Mental hospitals Bombay report 1921-28 - 1921-1928
Year: 1921
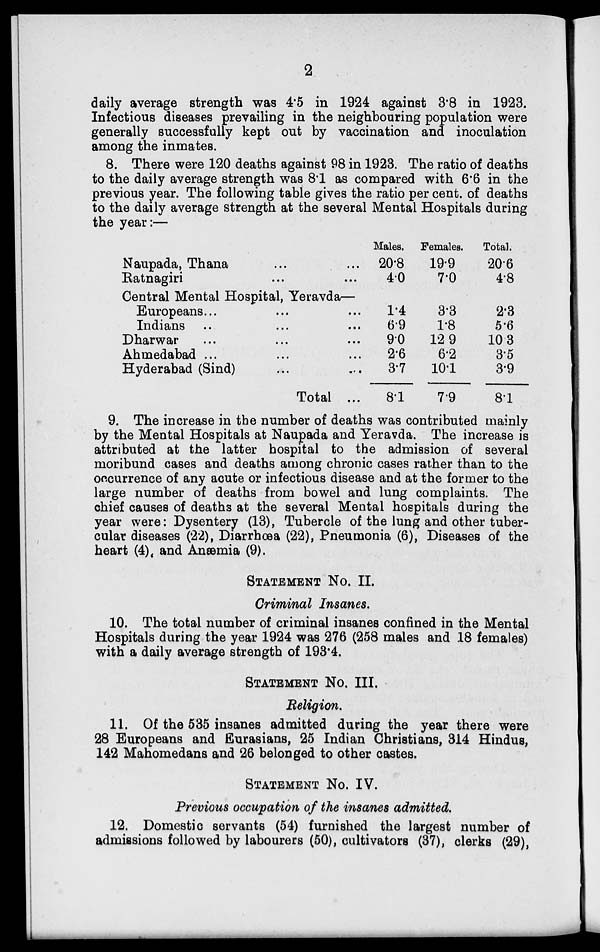
2
daily average strength was 4.5 in 1924 against 3.8 in 1923.
Infectious diseases prevailing in the neighbouring population were
generally successfully kept out by vaccination and inoculation
among the inmates.
8. There were 120 deaths against 98 in 1923. The ratio of deaths
to the daily average strength was 8.1 as compared with 6.6 in the
previous year. The following table gives the ratio per cent. of deaths
to the daily average strength at the several Mental Hospitals during
the year:—
Naupada, Thana ... ...
Ratnagiri ... ...
Central Mental Hospital, Yeravda—
Europeans ... ... ...
Indians ... ... ...
Dharwar ... ... ...
Ahmedabad ... ... ...
Hyderabad (Sind) ... ...
Total ...
Males.
20.8
4.0
1.4
6.9
9.0
2.6
3.7
8.1
Females.
19.9
7.0
3.3
1.8
12.9
6.2
10.1
7.9
Total.
20.6
4.8
2.3
5.6
10.3
3.5
3.9
8.1
9. The increase in the number of deaths was contributed mainly
by the Mental Hospitals at Naupada and Yeravda. The increase is
attributed at the latter hospital to the admission of several
moribund cases and deaths among chronic cases rather than to the
occurrence of any acute or infectious disease and at the former to the
large number of deaths from bowel and lung complaints. The
chief causes of deaths at the several Mental hospitals during the
year were: Dysentery (13), Tubercle of the lung and other tuber-
cular diseases (22), Diarrhoea (22), Pneumonia (6), Diseases of the
heart (4), and Anæmia (9).
STATEMENT No. II.
Criminal Insanes.
10. The total number of criminal insanes confined in the Mental
Hospitals during the year 1924 was 276 (258 males and 18 females)
with a daily average strength of 193.4.
STATEMENT No. III.
Religion.
11. Of the 535 insanes admitted during the year there were
28 Europeans and Eurasians, 25 Indian Christians, 314 Hindus,
142 Mahomedans and 26 belonged to other castes.
STATEMENT No. IV.
Previous occupation of the insanes admitted.
12. Domestic servants (54) furnished the largest number of
admissions followed by labourers (50), cultivators (37), clerks (29),